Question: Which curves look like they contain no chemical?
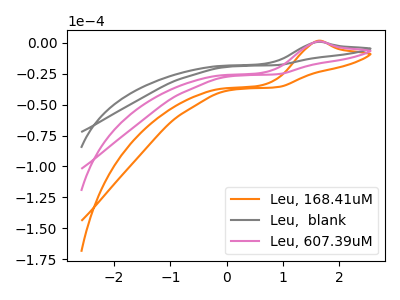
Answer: <think>The orange curve "Leu, 168.41uM" has an anodic peak at: (1.60V, 2.30uA). The gray curve "Leu,  blank" has an anodic peak at: (1.60V, 0.80uA). The pink curve "Leu, 607.39uM" has an anodic peak at: (1.60V, 1.15uA).</think>
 <answer>There are not any CV's on this graph that are likely to be blanks.</answer>
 <eval>none</eval>